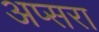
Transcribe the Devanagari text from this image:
अप्‍सरा